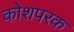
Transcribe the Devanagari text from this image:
कोशपरक